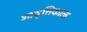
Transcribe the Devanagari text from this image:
आवृत्तिकाळ